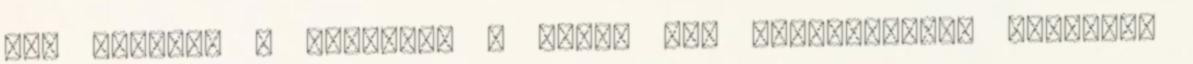
van állítva a serveren ? igen, már megoldottam. pontosan